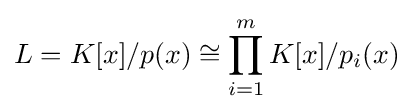
L=K[x]/p(x)\cong \prod _{i=1}^{m}K[x]/p_{i}(x)